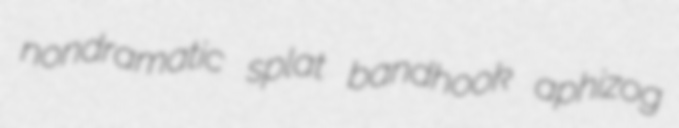
nondramatic splat bandhook aphizog